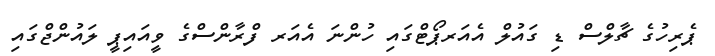
ޕެރިހުގެ ޗާލްސް ޑި ގައުލް އެއަރޕޯޓްގައި ހުންނަ އެއަރ ފްރާންސްގެ ވީއައިޕީ ލައުންޖްގައި